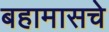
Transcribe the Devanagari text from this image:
बहामासचे